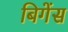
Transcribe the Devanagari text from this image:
बिगेंस